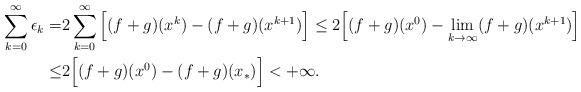
LaTeX: \begin{align*}\sum_{k=0}^\infty\epsilon_k=&2\sum_{k=0}^\infty\Big[(f+g)(x^k)-(f+g)(x^{k+1})\Big] \le2\Big[(f+g)(x^0)-\lim_{k\to\infty} (f+g)(x^{k+1})\Big]\\ \leq&2\Big[(f+g)(x^0)-(f+g)(x_*)\Big]< +\infty.\end{align*}